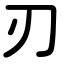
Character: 刃